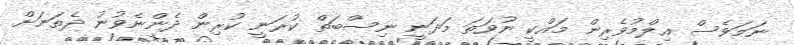
ނަމަވެސް ޢިލްމުވެރިން މައްކީ ނުވަތަ މަދަނީ ނިސްބަތް ކުރަނީ ކުރިން ދެންނެވުނު ދެތަނަށް